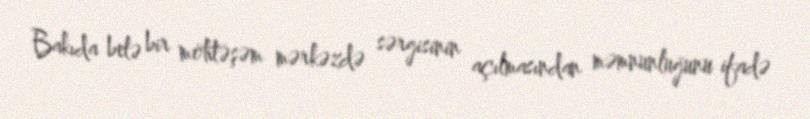
Bakıda belə bir möhtəşəm mərkəzdə sərgisinin açılmasından məmnunluğunu ifadə